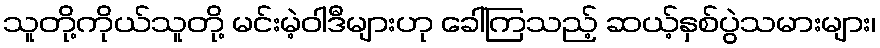
သူတို့ကိုယ်သူတို့ မင်းမဲ့ဝါဒီများဟု ခေါ်ကြသည့် ဆယ့်နှစ်ပွဲသမားများ၊